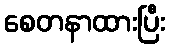
စေတနာထားပြီး